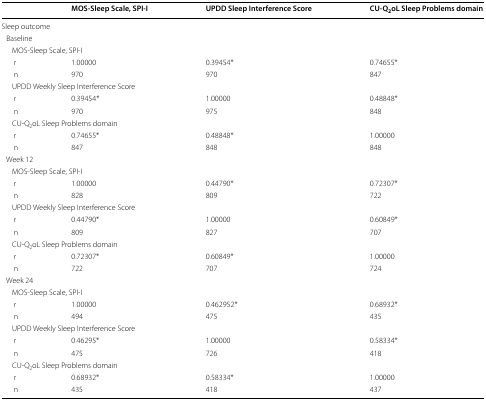
<table><thead><tr><td></td><td><b>MOS-Sleep Scale, SPI-I</b></td><td><b>UPDD Sleep Interference Score</b></td><td><b>CU-Q<sub>2</sub>oL Sleep Problems domain</b></td></tr></thead><tbody><tr><td colspan="4">Sleep outcome</td></tr><tr><td colspan="4"> Baseline</td></tr><tr><td colspan="4">MOS-Sleep Scale, SPI-I</td></tr><tr><td>r</td><td>1.00000</td><td>0.39454*</td><td>0.74655*</td></tr><tr><td>n</td><td>970</td><td>970</td><td>847</td></tr><tr><td colspan="4">UPDD Weekly Sleep Interference Score</td></tr><tr><td>r</td><td>0.39454*</td><td>1.00000</td><td>0.48848*</td></tr><tr><td>n</td><td>970</td><td>975</td><td>848</td></tr><tr><td colspan="4">CU-Q<sub>2</sub>oL Sleep Problems domain</td></tr><tr><td>r</td><td>0.74655*</td><td>0.48848*</td><td>1.00000</td></tr><tr><td>n</td><td>847</td><td>848</td><td>848</td></tr><tr><td colspan="4"> Week 12</td></tr><tr><td colspan="4">MOS-Sleep Scale, SPI-I</td></tr><tr><td>r</td><td>1.00000</td><td>0.44790*</td><td>0.72307*</td></tr><tr><td>n</td><td>828</td><td>809</td><td>722</td></tr><tr><td colspan="4">UPDD Weekly Sleep Interference Score</td></tr><tr><td>r</td><td>0.44790*</td><td>1.00000</td><td>0.60849*</td></tr><tr><td>n</td><td>809</td><td>827</td><td>707</td></tr><tr><td colspan="4">CU-Q<sub>2</sub>oL Sleep Problems domain</td></tr><tr><td>r</td><td>0.72307*</td><td>0.60849*</td><td>1.00000</td></tr><tr><td>n</td><td>722</td><td>707</td><td>724</td></tr><tr><td colspan="4"> Week 24</td></tr><tr><td colspan="4">MOS-Sleep Scale, SPI-I</td></tr><tr><td>r</td><td>1.00000</td><td>0.462952*</td><td>0.68932*</td></tr><tr><td>n</td><td>494</td><td>475</td><td>435</td></tr><tr><td colspan="4">UPDD Weekly Sleep Interference Score</td></tr><tr><td>r</td><td>0.46295*</td><td>1.00000</td><td>0.58334*</td></tr><tr><td>n</td><td>475</td><td>726</td><td>418</td></tr><tr><td colspan="4">CU-Q<sub>2</sub>oL Sleep Problems domain</td></tr><tr><td>r</td><td>0.68932*</td><td>0.58334*</td><td>1.00000</td></tr><tr><td>n</td><td>435</td><td>418</td><td>437</td></tr></tbody></table>